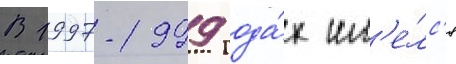
В 1997-1999 года́х им'е́лс'я